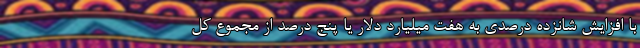
با افزایش شانزده درصدی به هفت میلیارد دلار یا پنج درصد از مجموع کل